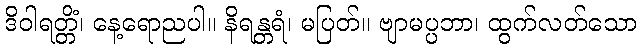
ဒိဝါရတ္တိံ၊ နေ့ရောညပါ။ နိရန္တရံ၊ မပြတ်။ ဗျာမပ္ပဘာ၊ ထွက်လတ်သော